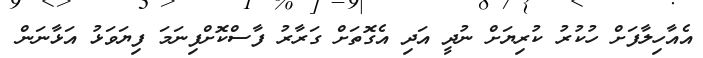
އެއާހިލާފަށް ހުކުރު ކުރިޔަށް ނުދީ އަދި އެގޮތަށް ގަރާރު ފާސްކޮށްފިނަމަ ފިޔަވަޅު އަޅާނަން